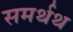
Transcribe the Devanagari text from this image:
समर्थथ